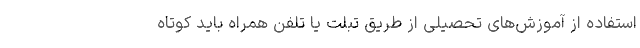
استفاده از آموزش‌های تحصیلی از طریق تبلت یا تلفن همراه باید کوتاه